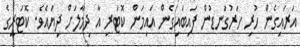
އަރައިގެން ހުރި ހަރުގަނޑުން ފައިބައިގެން އައިމަން ކޮޓަރި އާ ދިމާލަށް ދިޔައެވެ. ކޮޓަރީގެ